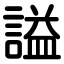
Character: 謚